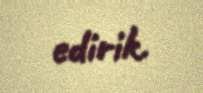
edirik.